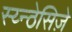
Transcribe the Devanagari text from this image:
स्य्न्ठेसिज़े